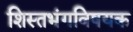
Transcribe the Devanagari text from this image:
शिस्तभंगविषयक